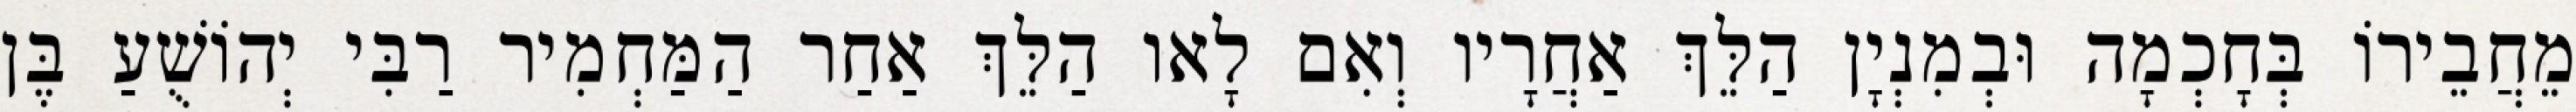
מֵחֲבֵירוֹ בְּחָכְמָה וּבְמִנְיָן הַלֵּךְ אַחֲרָיו וְאִם לָאו הַלֵּךְ אַחַר הַמַּחְמִיר רַבִּי יְהוֹשֻׁעַ בֶּן